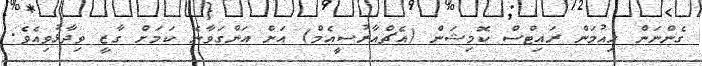
ގެންނަން ހިއުމަން ރައިޓްސް ކޮމިޝަން (އެޗްއާރުސީއެމް) އަށް އަންގަވާނެ ކަމަށް ގާޒީ ވިދާޅުވިއެވެ.